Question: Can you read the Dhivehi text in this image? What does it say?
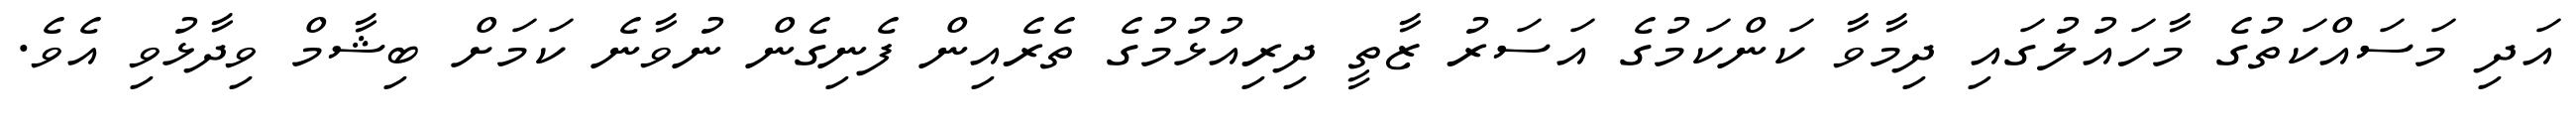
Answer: އަދި މަސައްކަތުގެ މާހައުލުގައި ދިމާވާ ކަންކަމުގެ އަސަރު ޒާތީ ދިރިއުޅުމުގެ ތެރެއިން ފެނިގެން ނުވާނެ ކަމަށް ބިޝާމް ވިދާޅުވި އެވެ.